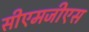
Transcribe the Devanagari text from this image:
सीएमजीएस